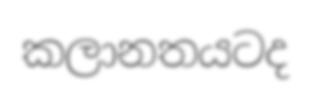
කලානතයටද